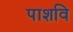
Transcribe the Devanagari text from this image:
पाशवि